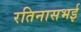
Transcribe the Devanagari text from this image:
रतिनासभई